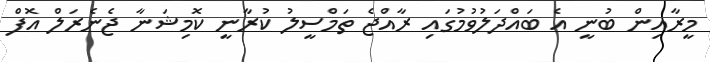
މީރާއިން ބުނީ އެ ބައްދަލުވުމުގައި ރާއްޖެ ތަމްސީލު ކުރާނީ ކޮމިޝަނާ ޖެނެރަލް އޮފް